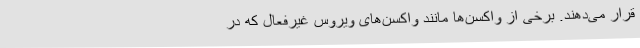
قرار می‌دهند. برخی از واکسن‌ها مانند واکسن‌های ویروس غیرفعال که در